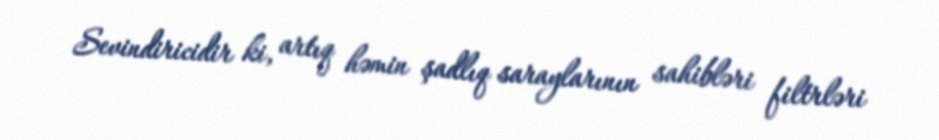
Sevindiricidir ki, artıq həmin şadlıq saraylarının sahibləri filtrləri